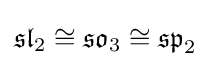
{\mathfrak {sl}}_{2}\cong {\mathfrak {so}}_{3}\cong {\mathfrak {sp}}_{2}